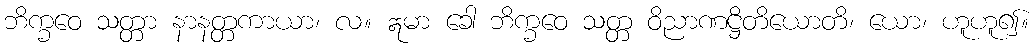
ဘိက္ခဝေ သတ္တာ နာနတ္တကာယာ၊ လ။ ဣမာ ခေါ ဘိက္ခဝေ သတ္တ ဝိညာဏဋ္ဌိတိယောတိ၊ ယော၊ ဟူဟူ၍။